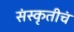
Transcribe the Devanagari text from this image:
संस्कृतीचं